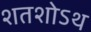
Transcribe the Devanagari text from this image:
शतशोऽथ